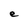
Character: e